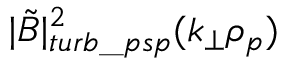
| \tilde { B } | _ { t u r b \_ p s p } ^ { 2 } ( k _ { \perp } \rho _ { p } )